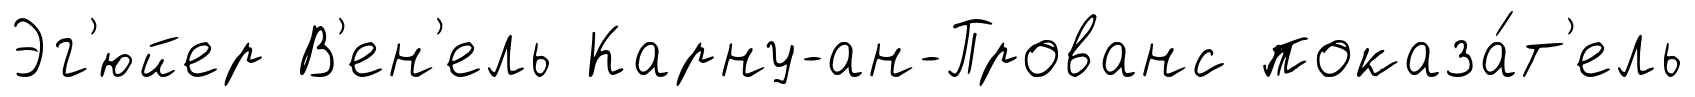
Эг'юйер В'ен'ель Карну-ан-Прованс показа́т'ель